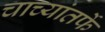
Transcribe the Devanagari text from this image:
चाच्यांतर्फे